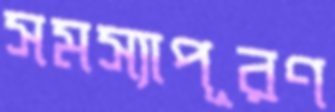
সমস্যাপূরণ